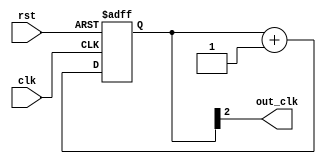
module JohnsonCounterClockDivider (
    input wire clk,
    input wire rst,
    output reg out_clk
);

reg [3:0] count;

always @(posedge clk or posedge rst)
begin
    if (rst)
        count <= 4'b0000;
    else
        count <= count + 1;
end

assign out_clk = count[2];

endmodule